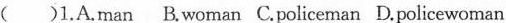
()1.A.man B.woman C.policeman D.policewoman